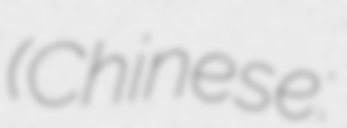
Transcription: (Chinese: